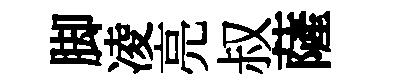
脚凌亮叔薩